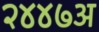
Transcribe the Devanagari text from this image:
२४४७अ